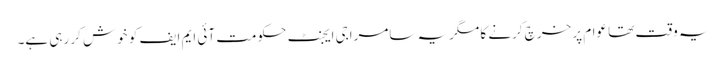
یہ وقت تھا عوام پر خرچ کرنے کا مگریہ سامراجی ایجنٹ حکومت آئی ایم ایف کو خوش کر رہی ہے۔